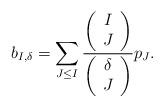
LaTeX: \begin{align*}b_{I,\delta}=\sum_{J\le I} \frac{\left(\begin{array}{c} I \\ J\end{array}\right)}{\left(\begin{array}{c} \delta \\ J\end{array}\right)}p_J.\end{align*}